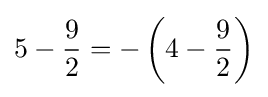
5-{\frac {9}{2}}=-\left(4-{\frac {9}{2}}\right)